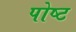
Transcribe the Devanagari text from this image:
पोष्‍ट